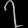
Digit: ၇